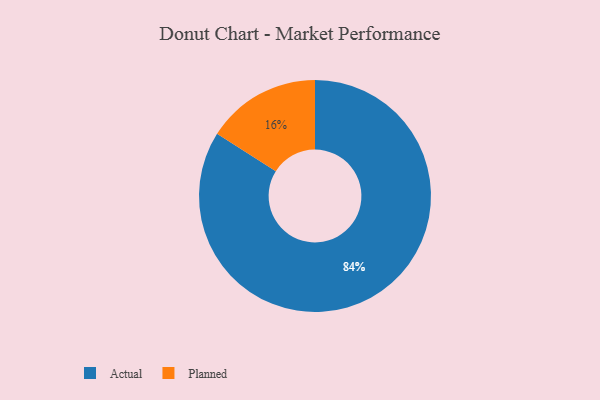
{"axis": {"x": "Category", "y": "Percentage"}, "legend": ["Actual", "Planned"], "data": [{"x": "Actual", "y": 84, "type": "Actual"}, {"x": "Planned", "y": 16, "type": "Planned"}]}